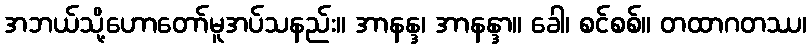
အဘယ်သို့ဟောတော်မူအပ်သနည်း။ အာနန္ဒ၊ အာနန္ဒာ။ ခေါ၊ စင်စစ်။ တထာဂတဿ၊